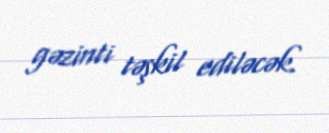
gəzinti təşkil ediləcək.